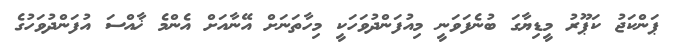
ޕަންކަޖު ކަޕޫރު މީޑިޔާގަ ބުނެފަވަނީ މިއުފަންދުވަހަކީ މިހާތަނަށް އޭނާއަށް އެންމެ ޚާއްސަ އުފަންދުވަހުގެ